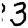
Digit: 3